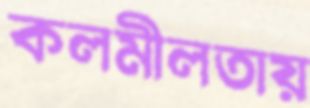
কলমীলতায়